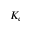
K _ { e }